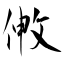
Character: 敒